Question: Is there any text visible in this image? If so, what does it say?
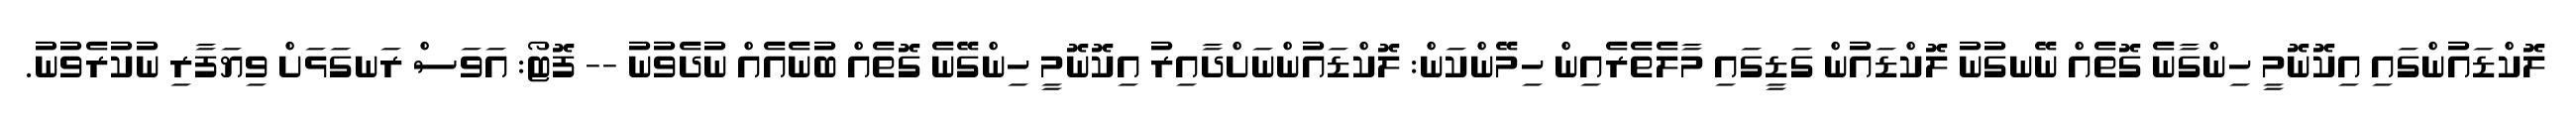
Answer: ލޮކްޑައުންގައި އިކޮނޮމީ ހިންގާނެ ގޮތެއް ނޭނގުނު ލޮކްޑައުން ގަޑީގައި މާލެތެރެއިން ހިމޭންކަން: ލޮކްޑައުންނަށްދާއިރު އިކޮނޮމީ ހިންގޭނެ ގޮތެއް ބުނެއެއް ނުދެވުނު -- ފޮޓޯ: އަވަސް ރަނގަޅަށް ވިޔަފާރި ނުކުރެވުނު.